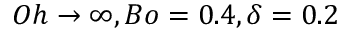
O h \rightarrow \infty , B o = 0 . 4 , \delta = 0 . 2